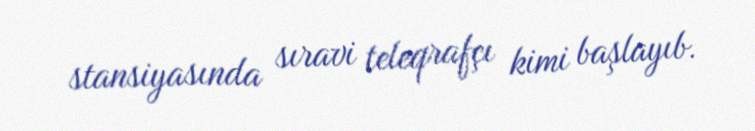
stansiyasında sıravi teleqrafçı kimi başlayıb.